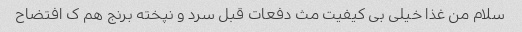
سلام من غذا خیلی بی کیفیت مث دفعات قبل سرد و نپخته برنج هم ک افتضاح